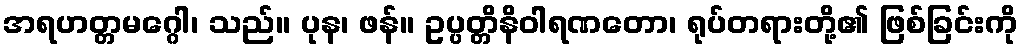
အရဟတ္တမဂ္ဂေါ၊ သည်။ ပုန၊ ဖန်။ ဥပ္ပတ္တိနိဝါရဏတော၊ ရုပ်တရားတို့၏ ဖြစ်ခြင်းကို